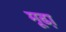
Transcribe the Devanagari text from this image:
मूढा़